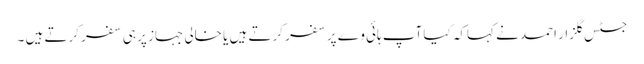
جسٹس گلزار احمد نے کہاکہ کیا آپ ہائی وے پر سفر کرتے ہیں یا خالی جہاز پر ہی سفر کرتے ہیں ۔